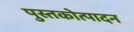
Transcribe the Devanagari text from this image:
पुस्तकोत्पादन